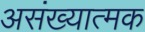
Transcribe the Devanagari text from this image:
असंख्यात्मक